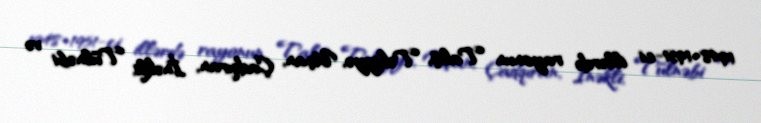
1948-1951-ci illərdə rayonun Talış, Təkiyyə, Uçan, Çadqıran, İnəkli, Tülnəbi və